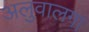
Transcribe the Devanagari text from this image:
अलुवालगा